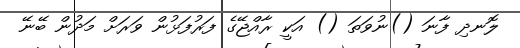
ލޮނދި ފާނަ ()ނުވަތަ () އަކީ ރާއްޖޭގެ ފަރުފަޅުން ވަރަށް މަދުން ބޭނޭ